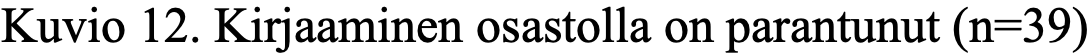
Kuvio 12. Kirjaaminen osastolla on parantunut (n=39)